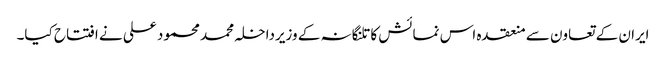
ایران کے تعاون سے منعقدہ اس نمائش کا تلنگانہ کے وزیرداخلہ محمد محمود علی نے افتتاح کیا۔